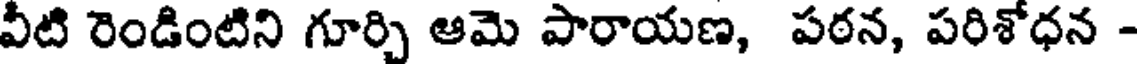
వీటి రెండింటిని గూర్చి ఆమె పారాయణ, పఠన, పరిశోధన -